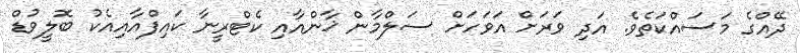
ދޭއްގެ މަސައްކަތެވެ. އަދި ވަރަށް އަވަހަށް ސަލްމާން ޚާންއާއި ކެޓްރީނާ ކައިފްއާއިއެކު ބޮލީވުޑް